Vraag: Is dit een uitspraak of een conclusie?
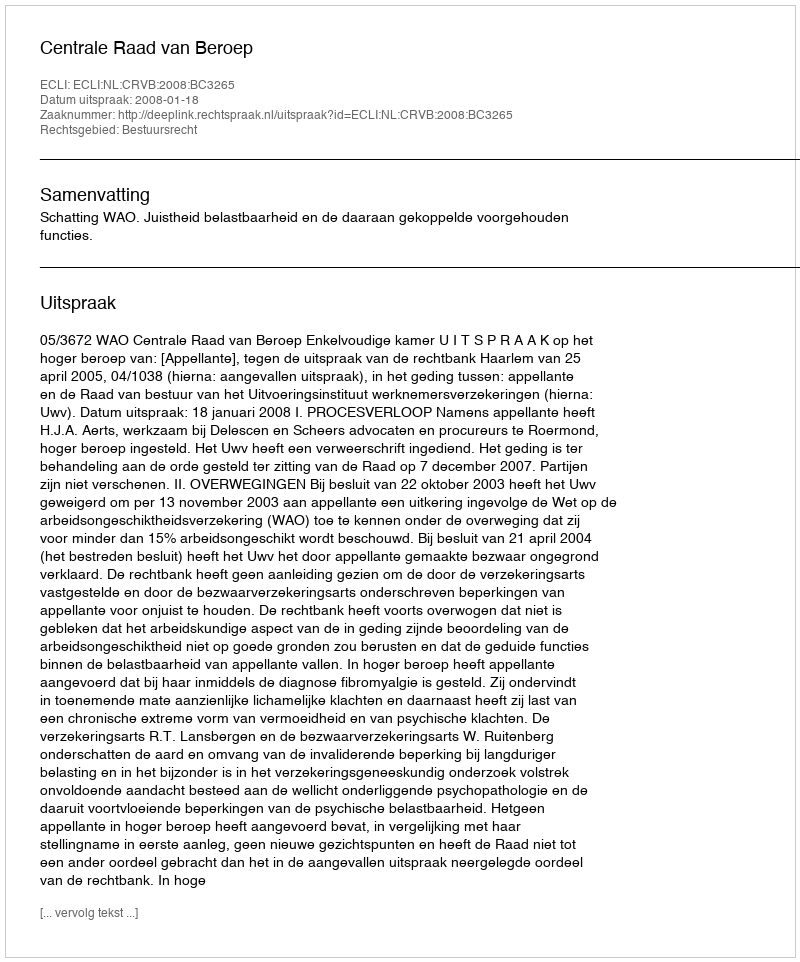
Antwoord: Uitspraak